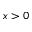
x > 0